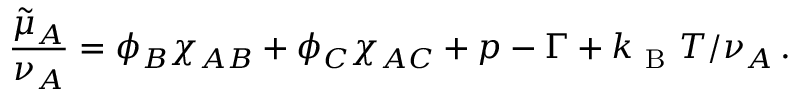
\frac { \tilde { \mu } _ { A } } { \nu _ { A } } = \phi _ { B } \chi _ { A B } + \phi _ { C } \chi _ { A C } + p - \Gamma + k _ { \mathrm { ~ B ~ } } T / \nu _ { A } \, .